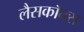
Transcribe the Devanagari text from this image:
लैसकॉक्स